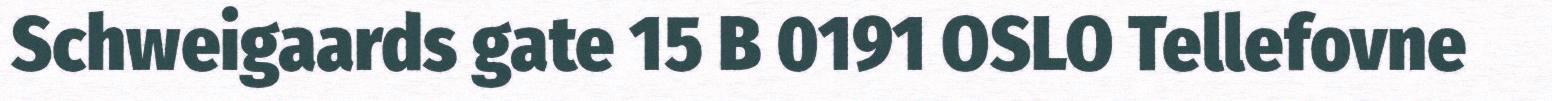
Schweigaards gate 15 B 0191 OSLO Tellefovne